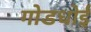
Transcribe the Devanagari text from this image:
गोडधोई